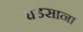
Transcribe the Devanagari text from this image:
घडसाना